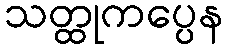
သတ္ထုကပ္ပေန